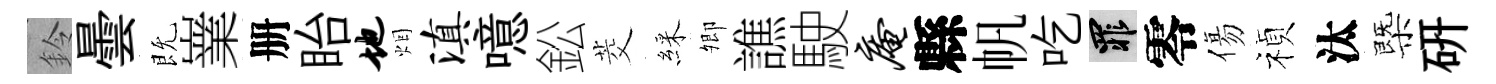
鈴曇既嶪册眙地烟滇噫鈆茭綵𡖖譙駛庵縣帆吃罪零傷禎汰㮣硏